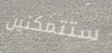
ستتمكنين